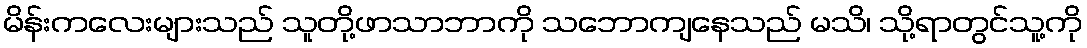
မိန်းကလေးများသည် သူတို့ဖာသာဘာကို သဘောကျနေသည် မသိ၊ သို့ရာတွင်သူ့ကို